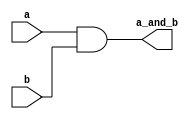
`timescale 1ns / 1ps
//////////////////////////////////////////////////////////////////////////////////
// Company: 
// Engineer: 
// 
// Design Name: 
// Module Name:    and_ALU 
// Project Name: 
// Target Devices: 
// Tool versions: 
// Description: 
//
// Dependencies: 
//
// Revision: 
// Revision 0.01 - File Created
// Additional Comments: 
//
//////////////////////////////////////////////////////////////////////////////////
module and_ALU(a, b, a_and_b);
	
	input a, b;
	output a_and_b;
	
	and and_a_b (a_and_b, a, b);
	
endmodule